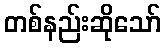
တစ်နည်းဆိုသော်